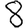
Digit: 8